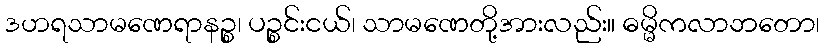
ဒဟရသာမဏေရာနဉ္စ၊ ပဉ္စင်းငယ်၊ သာမဏေတို့အားလည်း။ ဓမ္မိကလာဘတော၊